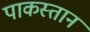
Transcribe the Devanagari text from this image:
पाकस्तान